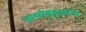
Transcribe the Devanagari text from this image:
वायोवृद्धांना